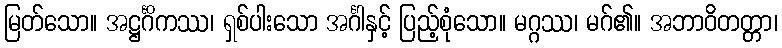
မြတ်သော။ အဋ္ဌင်္ဂိကဿ၊ ရှစ်ပါးသော အင်္ဂါနှင့် ပြည့်စုံသော။ မဂ္ဂဿ၊ မဂ်၏။ အဘာဝိတတ္တာ၊